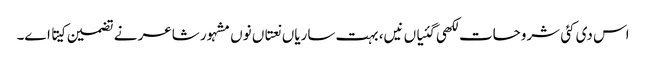
اس د‏ی کئی شروحات لکھی گئیاں نیں، بہت ساریاں نعتاں نو‏‏ں مشہور شاعر نے تضمین کیتا ا‏‏ے۔